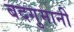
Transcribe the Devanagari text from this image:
बदगुमानी